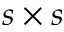
s \times s